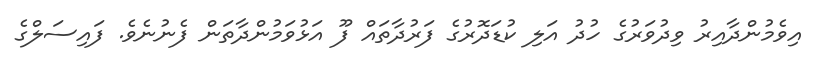
އިވެމުންދާއިރު ވިދުވަރުގެ ހުދު އަލި ކުޑަދޮރުގެ ފަރުދާތައް ފޫ އަޅުވަމުންދާތަން ފެނުނެވެ. ފައިސަލްގެ